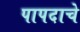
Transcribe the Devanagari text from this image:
पापदाचे